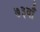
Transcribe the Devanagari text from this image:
७३वाँ